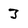
Character: 3